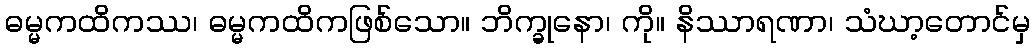
ဓမ္မကထိကဿ၊ ဓမ္မကထိကဖြစ်သော။ ဘိက္ခုနော၊ ကို။ နိဿာရဏာ၊ သံဃာ့တောင်မှ